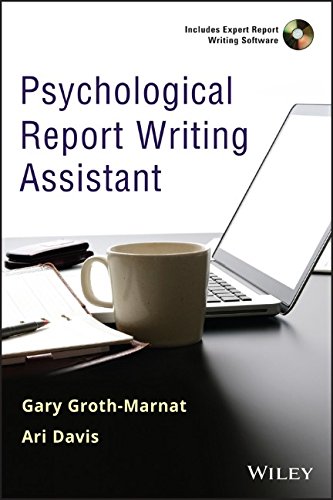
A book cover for Psychological Report Writing Assistant; Gary Groth-Marnat; Medical Books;